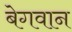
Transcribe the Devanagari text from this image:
बेगवान